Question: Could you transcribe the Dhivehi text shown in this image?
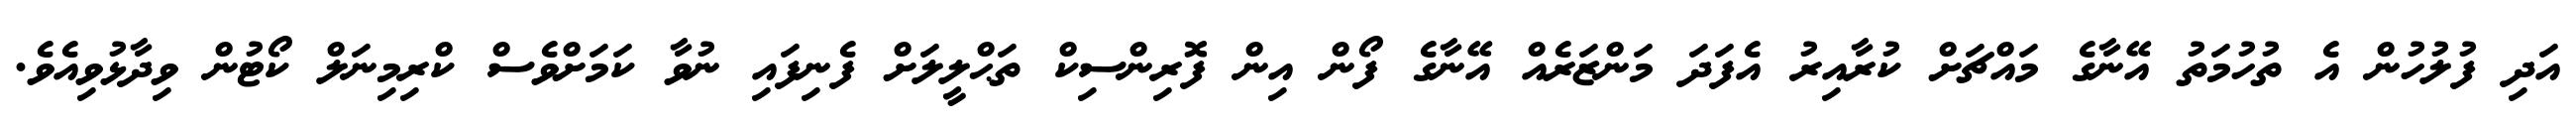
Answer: އަދި ފުލުހުން އެ ތުހުމަތު އޭނާގެ މައްޗަށް ކުރާއިރު އެފަދަ މަންޒަރެއް އޭނާގެ ފޯން އިން ފޮރިންސިކް ތަޙްލީލަށް ފެނިފައި ނުވާ ކަމަށްވެސް ކްރިމިނަލް ކޯޓުން ވިދާޅުވިއެވެ.